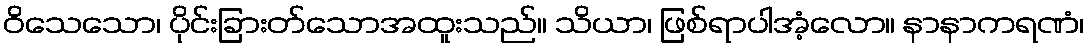
ဝိသေသော၊ ပိုင်းခြားတ်သောအထူးသည်။ သိယာ၊ ဖြစ်ရာပါအံ့လော။ နာနာကရဏံ၊